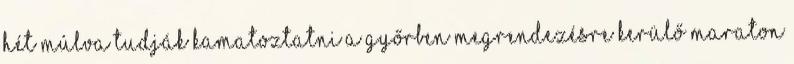
hét múlva tudják kamatoztatni a Győrben megrendezésre kerülő Maraton